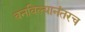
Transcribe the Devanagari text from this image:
बनविल्यानंतरच